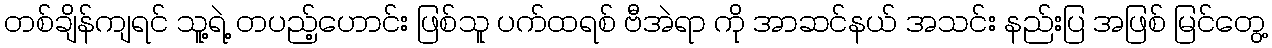
တစ်ချိန်ကျရင် သူ့ရဲ့ တပည့်ဟောင်း ဖြစ်သူ ပက်ထရစ် ဗီအဲရာ ကို အာဆင်နယ် အသင်း နည်းပြ အဖြစ် မြင်တွေ့